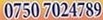
0750 7024789